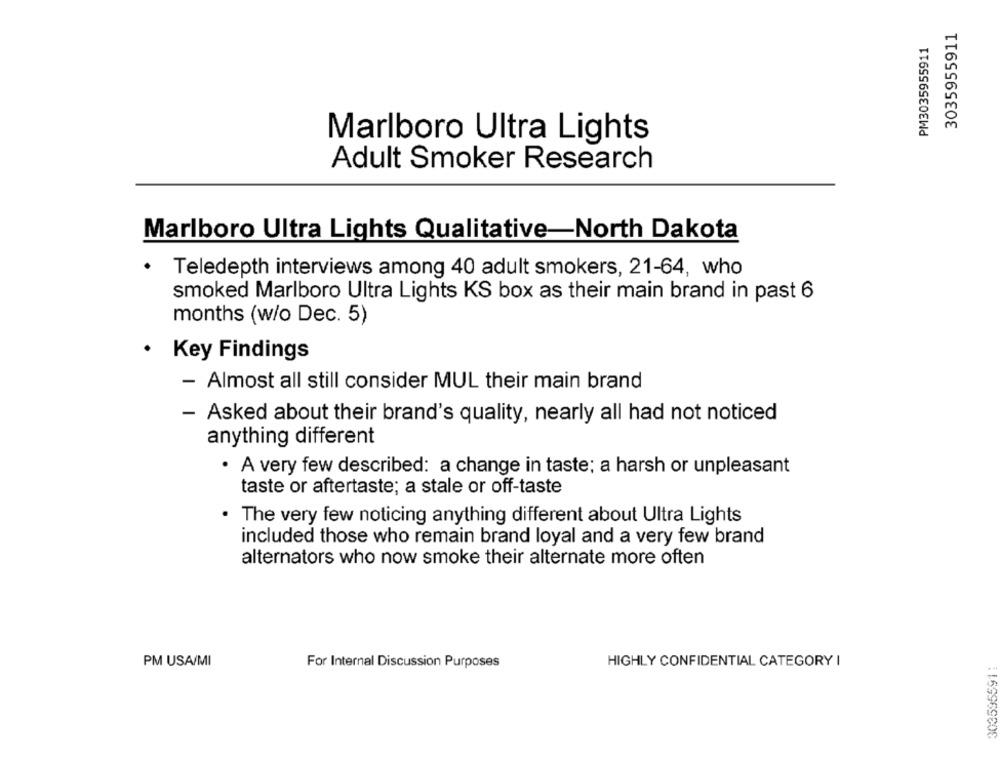
3035955911
PM3035955911
Marlboro Ultra Lights
Adult Smoker Research
Marlboro Ultra Lights Qualitative-North Dakota
Teledepth interviews among 40 adult smokers, 21-64, who
smoked Marlboro Ultra Lights KS box as their main brand in past 6
months (w/o Dec. 5)
. Key Findings
- Almost all still consider MUL their main brand
- Asked about their brand's quality, nearly all had not noticed
anything different
· A very few described: a change in taste; a harsh or unpleasant
taste or aftertaste; a stale or off-taste
. The very few noticing anything different about Ultra Lights
included those who remain brand loyal and a very few brand
alternators who now smoke their alternate more often
PM USA/MI
303595591:
For Internal Discussion Purposes
HIGHLY CONFIDENTIAL CATEGORY I